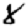
Digit: 8